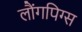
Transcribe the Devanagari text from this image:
लौंगपिग्स